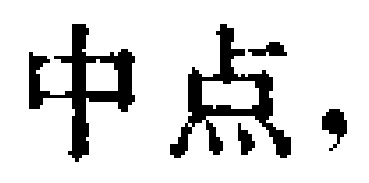
中点，